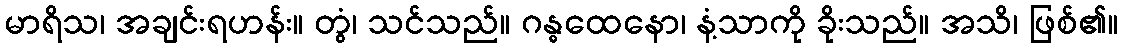
မာရိသ၊ အချင်းရဟန်း။ တွံ၊ သင်သည်။ ဂန္ဓထေနော၊ နံ့သာကို ခိုးသည်။ အသိ၊ ဖြစ်၏။